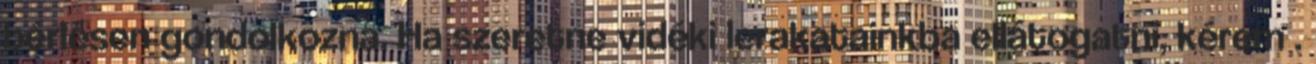
bérlésen gondolkozna. Ha szeretne vidéki lerakatainkba ellátogatni, kérem .